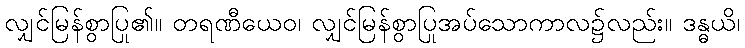
လျှင်မြန်စွာပြု၏။ တရဏီယေဝ၊ လျှင်မြန်စွာပြုအပ်သောကာလ၌လည်း။ ဒန္ဓယိ၊